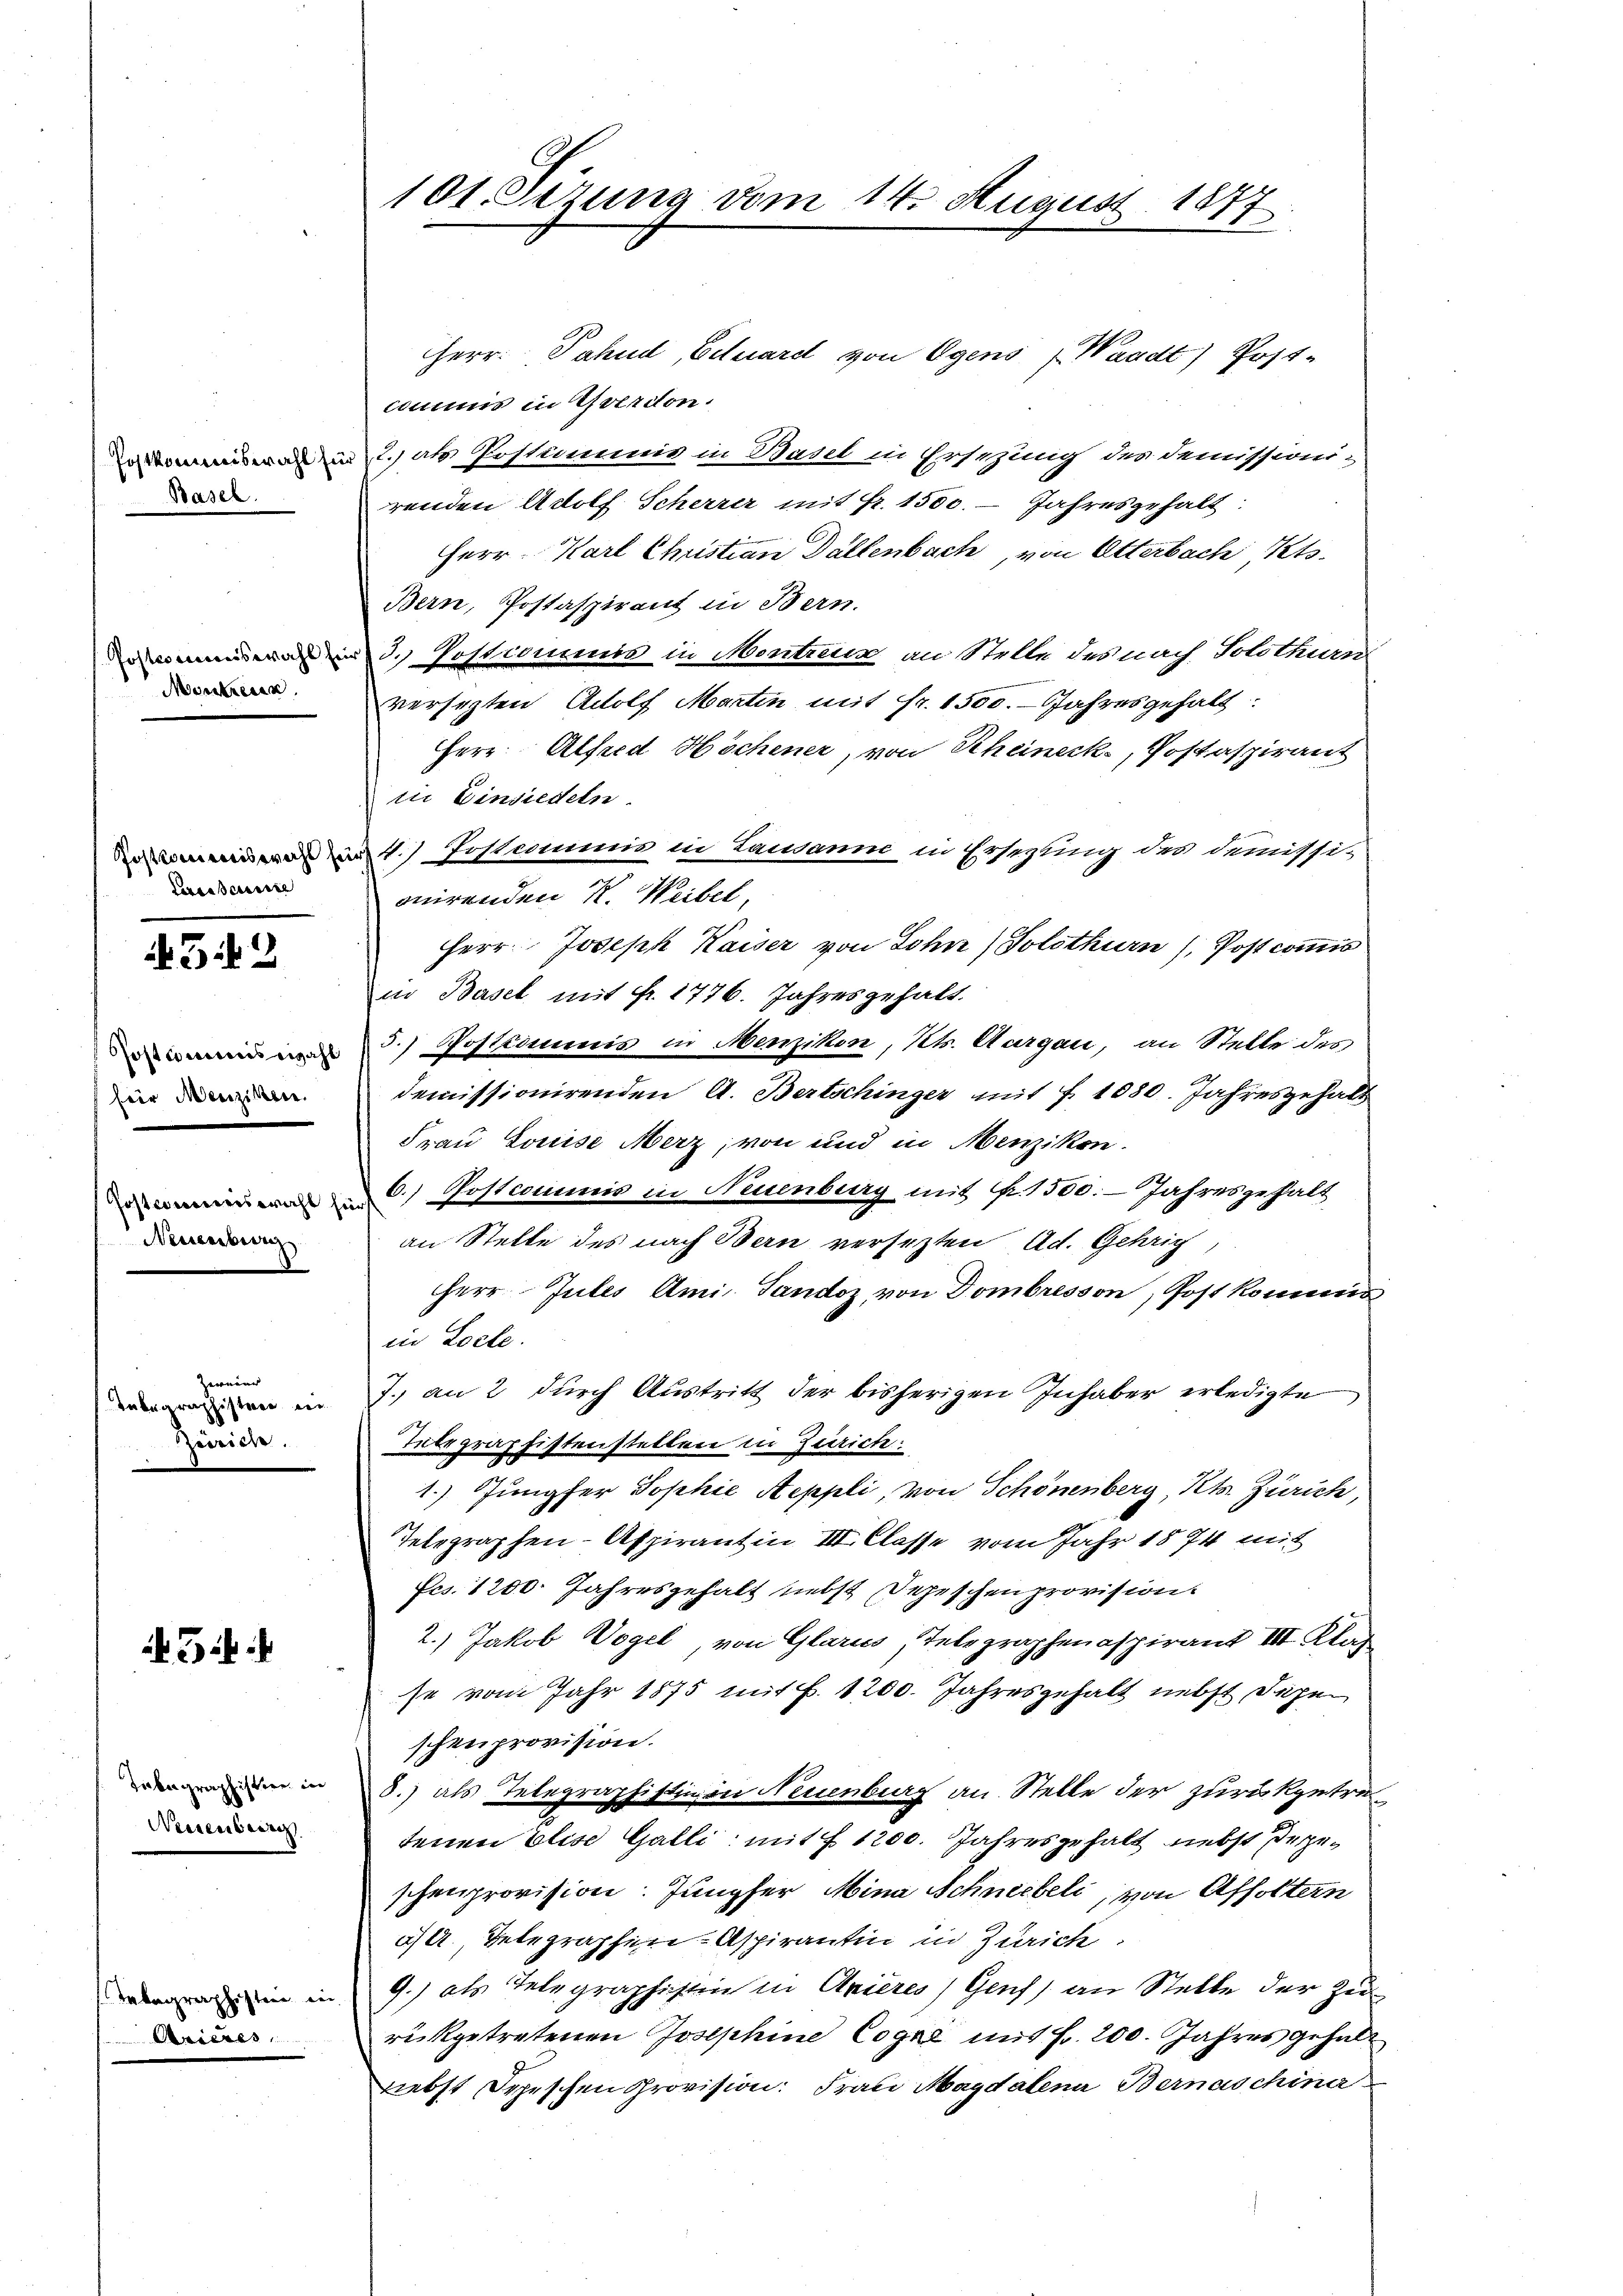
Postkommiswahl für
Basel.

Postsociiswahl
Montreten

Postkommiswahl fei
Ceresseresse

32

Postcommis zahl
für Menziken.

Gostcomitees wahl sei
Neuenburg

Zweier
Inbegraphistere der
Zürich.

3

Tabagraphistier in
Wesenberg

Telegraphisten in
Aareres

101. Sizung vom 14. August 1877

HHerr Pahud, Eduard von Egens (Waadt) Post-
commis in Yverdon.
7.) als Postcommnis in Basel in Ersezung des Demissionirenden Adolf Scherrer mit Fr. 1500. - Jahresgehalt:
Herr Karl Christian Dallenbach, von Otterbach Kts.
Bern, Postaspirant in Bern.
3. Postcommis in Montreux an Stelle des nach Solothurn
versetzten Adolf Martin mit Fr. 1500. Jahresgehalt
Herr Alfred Höchener, von Scheineck, Postaspirant
ii Einsiedeln
4.) Postcommis in Lausanne in Ersezung des demissionirenden K. Weibel,
Herr Joseph Kaiser von Sohn) Solothurn , Postcommis
in Basel mit Fr. 1776. Jahres gehalt.
3.) Postidimis in Menzikon, Kts. Aargau, an Stelle des
demissionirenden A. Bertschinger mit f. 1080. Jahresgehalt
Frau Louise Merz, von und in Menzikon.
6. Postcommis in Neuenburg mit fr. 1500. Jahresgehalt
an Stelle des nach Bern versezten Ad. Gehrig
Herr Jules Ami Sandoz, von Dombresson, Post kommis
in Locte.
7. an 2 durch Austritt der bisherigen Inhaber erledigte
Telegraphistenstellen in Zürich:
1. Jungfer Sophie Aeppli, von Schönenberg, Kts. Zürich,
Telegraphen- Aspirantin III. Classe vom Jahr 1874 mit
Fcs. 1200. Jahresgehalt liebst Depeschenprovision.
2.) Jakob Vogel, von Glarus, Telegraphenaspirant III Klag
se vom Jahr 1875 mit f. 1200. Jahresgehalt nebst Degen
schenprovision.
8.) als Telegraphistinen Neuenburg an Stelle der zurückgetref
tenen Elise Galli mit f 1200. Jahresgehalt nebst gegeschenprovision. Jungfer Mina Schneebeli, von Affoltern
c. Telegraphen-Aspirantin in Zürich
9.) als Telegraphistin in Arieres Genf) an Stelle der Zurückgetretenen Josephine Cogne mit Fr. 200. Jahres gehalt
Liebst Depeschen Provision: Frau Magdalena Bernaschiner